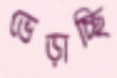
ভেড়াচ্ছি